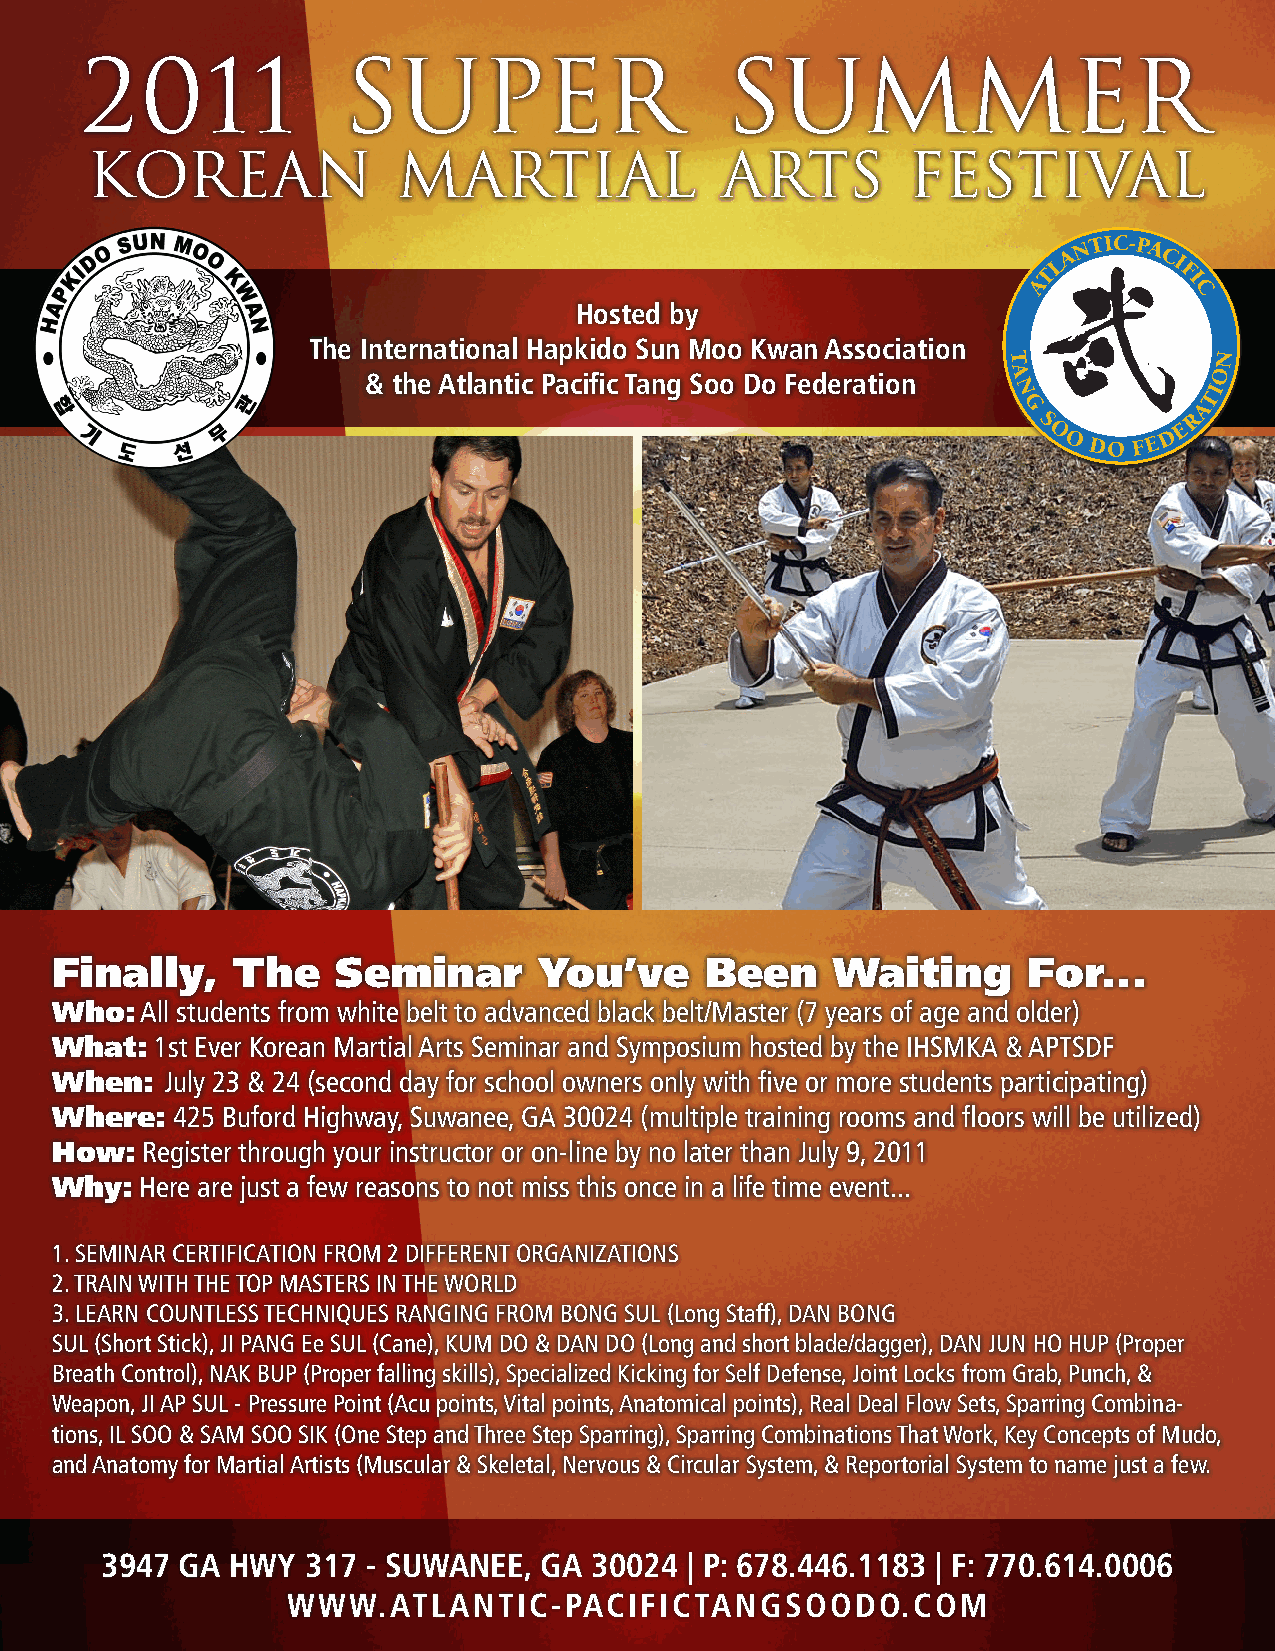
2011              Super                    Summer
 Korean              Martial               Arts        Festival
 L A
 N TIC-PA
 CI
 T        F
 A         I
 C
 Hosted by
 The International Hapkido Sun Moo Kwan Association
 T            N
 & the Atlantic Pacific Tang Soo Do Federation A         O
 N            TI
 G           A
 R
 S         E
 O       D
 ODO  FE
 Finally,    The    Seminar       You’ve     Been    Waiting      For...
 Who:  All students from white belt to advanced black belt/Master (7 years of age and older)
 What:  1st Ever Korean Martial Arts Seminar and Symposium hosted by the IHSMKA & APTSDF
 When:   July 23 & 24 (second day for school owners only with five or more students participating)
 Where:  425 Buford Highway, Suwanee, GA 30024 (multiple training rooms and floors will be utilized)
 How:  Register through your instructor or on-line by no later than July 9, 2011
 Why:  Here are just a few reasons to not miss this once in a life time event...
 1. SEMINAR CERTIFICATION FROM 2 DIFFERENT ORGANIZATIONS
 2. TRAIN WITH THE TOP MASTERS IN THE WORLD
 3. LEARN COUNTLESS TECHNIQUES RANGING FROM BONG SUL (Long Staff), DAN BONG
 SUL (Short Stick), JI PANG Ee SUL (Cane), KUM DO & DAN DO (Long and short blade/dagger), DAN JUN HO HUP (Proper
 Breath Control), NAK BUP (Proper falling skills), Specialized Kicking for Self Defense, Joint Locks from Grab, Punch, &
 Weapon, JI AP SUL - Pressure Point (Acu points, Vital points, Anatomical points), Real Deal Flow Sets, Sparring Combina-
 tions, IL SOO & SAM SOO SIK (One Step and Three Step Sparring), Sparring Combinations That Work, Key Concepts of Mudo,
 and Anatomy for Martial Artists (Muscular & Skeletal, Nervous & Circular System, & Reportorial System to name just a few.
 3947 GA HWY  317 - SUWANEE,  GA 30024 | P: 678.446.1183 | F: 770.614.0006
 WWW.ATLANTIC-PACIFICTANGSOODO.COM